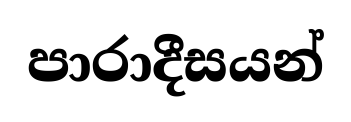
පාරාදීසයන්